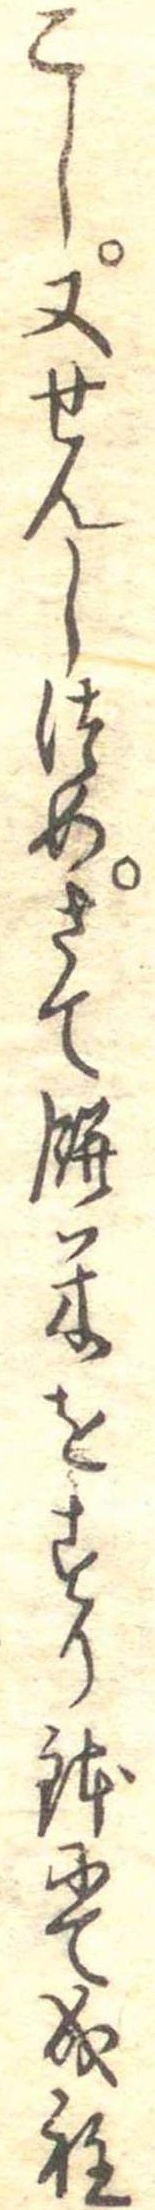
こし又せんしつめさて餅米をすり鉢にて成程